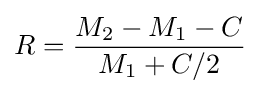
R={\frac {{M_{2}}-{M_{1}}-C}{{M_{1}}+C/2}}